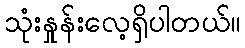
သုံးနှုန်းလေ့ရှိပါတယ်။